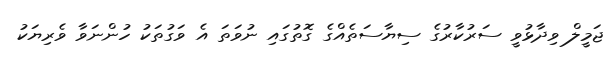
ޖަމީލް ވިދާޅުވީ ސަރުކާރުގެ ސިޔާސަތެއްގެ ގޮތުގައި ނުވަތަ އެ ވަގުތަކު ހުންނަވާ ވެރިޔަކު